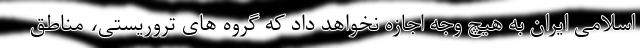
اسلامی ایران به هیچ وجه اجازه نخواهد داد که گروه های تروریستی، مناطق